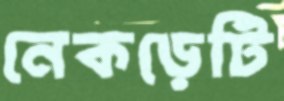
নেকড়েটি